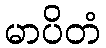
မာပိတံ